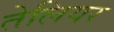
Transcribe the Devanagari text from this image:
तेलियर